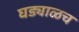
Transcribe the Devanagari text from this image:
घड्याळच